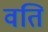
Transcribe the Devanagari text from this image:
वति